Report of the Indian Hemp Drugs Commission, 1894-1895 - Volume VI
Year: 1894
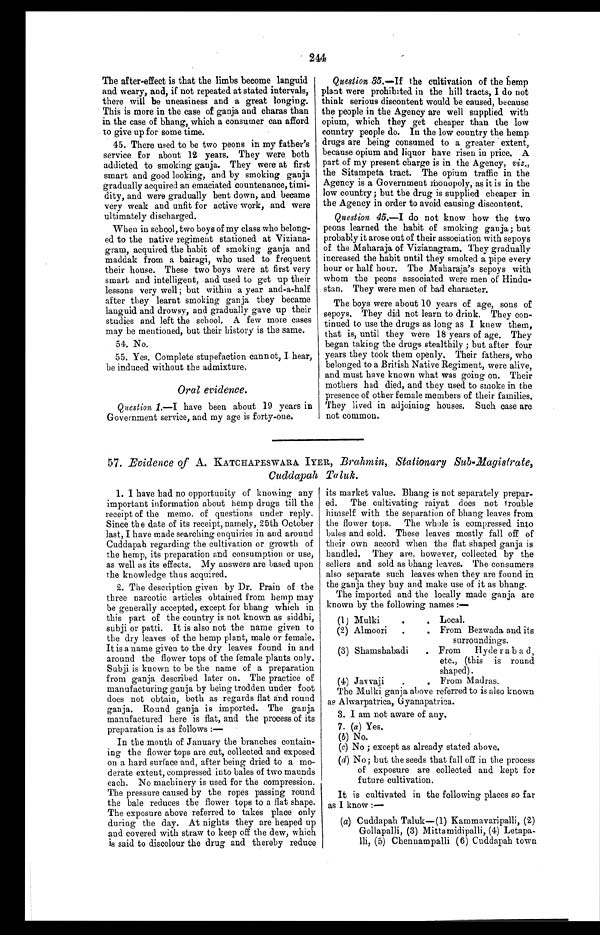
244
The after-effect is that the limbs become languid
and weary, and, if not repeated at stated intervals,
there will be uneasiness and a great longing.
This is more in the case of ganja and charas than
in the case of bhang, which a consumer can afford
to give up for some time.
45. There used to be two peons in my father's
service for about 12 years. They were both
addicted to smoking ganja. They were at first
smart and good looking, and by smoking ganja
gradually acquired an emaciated countenance, timi-
dity, and were gradually bent down, and became
very weak and unfit for active work, and were
ultimately discharged.
When in school, two boys of my class who belong-
ed to the native regiment stationed at Viziana-
gram, acquired the habit of smoking ganja and
maddak from a bairagi, who used to frequent
their house. These two boys were at first very
smart and intelligent, and used to get up their
lessons very well ; but within a year and-a-half
after they learnt smoking ganja they became
languid and drowsy, and gradually gave up their
studies and left the school. A few more cases
may be mentioned, but their history is the same.
54. No.
55. Yes. Complete stupefaction cannot, I hear,
be induced without the admixture.
Oral evidence.
Question 1.—I have been about 19 years in
Government service, and my age is forty-one.
Question, 35.—If the cultivation of the fiemp
plant were prohibited in the hill tracts, I do not
think serious discontent would be caused, because
the people in the Agency are well supplied with
opium, which they get cheaper than the low
country people do. In the low country the hemp
drugs are being consumed to a greater extent,
because opium and liquor have risen in price. A
part of my present charge is in the Agency, viz.,
the Sitampeta tract. The opium traffic in the
Agency is a Government Monopoly, as it is in the
low country; but the drug is supplied cheaper in
the Agency in order to avoid causing discontent.
Question 45.—I do not know how the two
peons learned the habit of smoking ganja ; but
probably it arose out of their association with sepoys
of the Maharaja of Vizianagram. They gradually
increased the habit until they smoked a pipe every
hour or half hour. The Maharaja's sepoys with
whom the peons associated were men of Hindu-
stan. They were men of bad character.
The boys were about 10 years of age, sons of
sepoys. They did not learn to drink. They con-
tinued to use the drugs as long as I knew them,
that is, until they were 18 years of age. They
began taking the drugs stealthily ; but after four
years they took them openly. Their fathers, who
belonged to a British Native Regiment, were alive,
and must have known what was going on. Their
mothers had died, and they used to smoke in the
presence of other female members of their families.
They lived in adjoining houses. Such case are
not common.
57. Evidence of A. KATCHAPESWARA. IYER, Brahmin, Stationary Sub-Magistrate,
Cuddapah Taluk.
1. I have had no opportunity of knowing any
important information about hemp drugs till the
receipt of the memo. of questions under reply.
Since the date of its receipt, namely, 25th October
last, I have made searching enquiries in and around
Cuddapah regarding the cultivation or growth of
the hemp, its preparation and consumption or use,
as well as its effects. My answers are based upon
the knowledge thus acquired.
2. The description given by Dr. Praia of the
three narcotic articles obtained from hemp may
be generally accepted, except for bhang which in
this part of the country is not known as siddhi,
subji or patti. It is also not the name given to
the dry leaves of the hemp plant, male or female.
It is a name given to the dry leaves found in and
around the flower tops of the female plants only.
Subji is known to be the name of a preparation
from ganja described later on. The practice of
manufacturing ganja by being trodden under foot
does not obtain, both as regards flat and round
ganja. Round ganja is imported. The ganja
manufactured here is flat, and the process of its
preparation is as follows :—
In the month of January the branches contain-
ing the flower tops are cut, collected and exposed
on a hard surface and, after being dried to a mo-
derate extent, compressed into bales of two maunds
each. No machinery is used for the compression.
The pressure caused by the ropes passing round
the bale reduces the flower tops to a flat shape.
The exposure above referred to takes place only
during the day. At nights they are heaped up
and covered with straw to keep off the dew, which
is said to discolour the drug and thereby reduce
its market value. Bhang is not separately prepar-
ed. The cultivating raiyat does not trouble
himself with the separation of bhang leaves from
the flower tops. The whole is compressed into
bales and sold. These leaves mostly fall off of
their own accord when the flat shaped ganja is
handled. They are, however, collected by the
sellers and sold as bhang leaves. The consumers
also separate such leaves when they are found in
the ganja they buy and make use of it as bhang.
The imported and the locally made ganja are
known by the following names :
—
(1) Mulki
Local.
(2) Almoori
.
From Bezwada and its
surroundings.
(3) Shamshabadi
. From Hyderabad,
etc., (this is round
s h a p e d ) .
(4) Javvaji
From Madras.
The Mulki ganja above referred to is also known
as Alwarpatrica, Gyanapatrica.
3. I am not aware of any.
7 . (a) Yes.
(b) No.
(c) No ; except as already stated above.
(d) No ; but the seeds that fall off in the process
of exposure are collected and kept for
future cultivation.
It is cultivated in the following places so far
as I know : —
(a) Cuddapah Taluk—(1) Kammavaripalli, (2)
Gollapalli, (3) Mittamidipalli, (4) Letapa-
lli, (5) Chennampalli (6) Cuddapah town